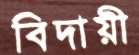
বিদায়ী